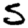
Digit: 5